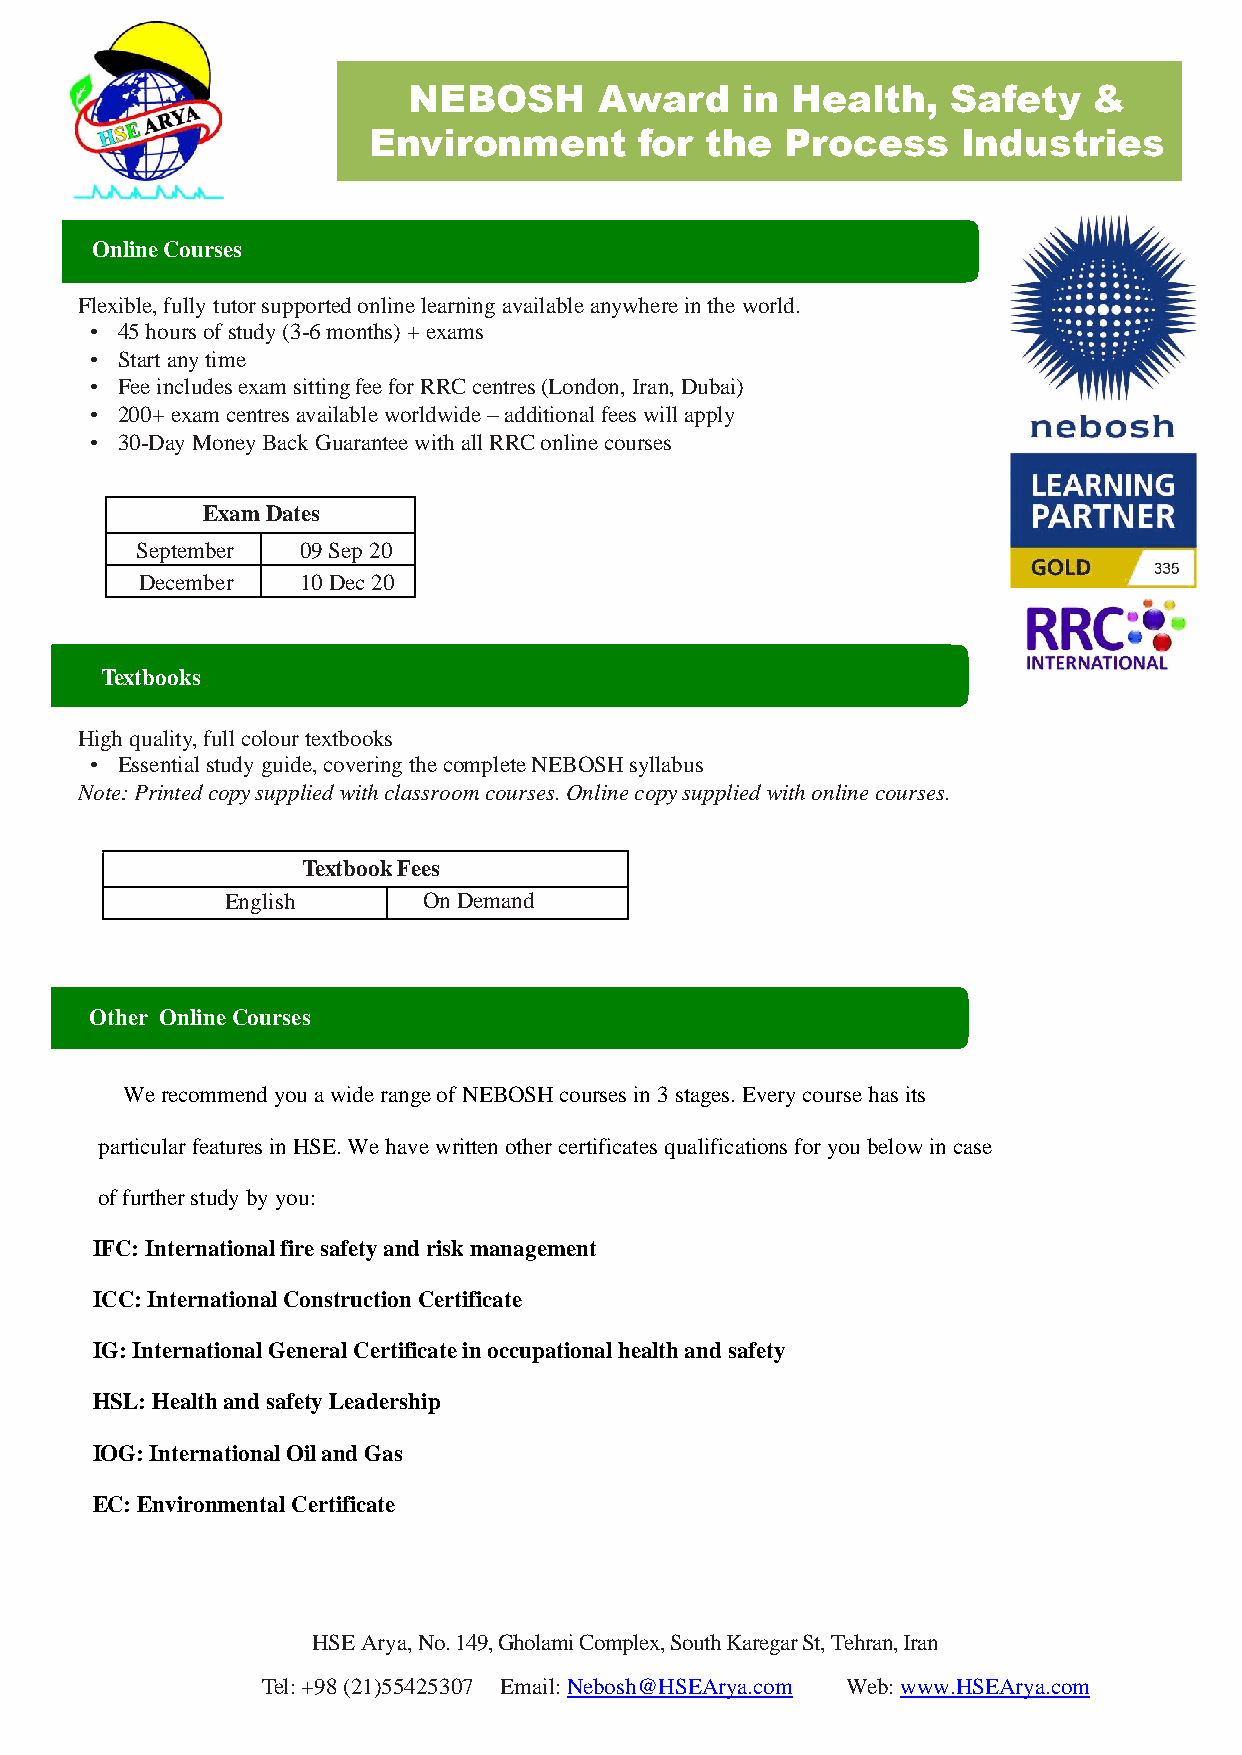
NEBOSH       Award    in Health,    Safety   &
 Environment       for  the  Process     Industries
 Online Courses
 Flexible, fully tutor supported online learning available anywhere in the world.
 • 45 hours of study (3-6 months) + exams
 • Start any time
 • Fee includes exam sitting fee for RRC centres (London, Iran, Dubai)
 • 200+ exam centres available worldwide – additional fees will apply
 • 30-Day Money Back Guarantee with all RRC online courses
 Exam Dates
 September  09 Sep 20
 December   10 Dec 20
 Textbooks
 High quality, full colour textbooks
 • Essential study guide, covering the complete NEBOSH syllabus
 Note: Printed copy supplied with classroom courses. Online copy supplied with online courses.
 Textbook Fees
 English      On Demand
 Other Online Courses
 We recommend you a wide range of NEBOSH courses in 3 stages. Every course has its
 particular features in HSE. We have written other certificates qualifications for you below in case
 of further study by you:
 IFC: International fire safety and risk management
 ICC: International Construction Certificate
 IG: International General Certificate in occupational health and safety
 HSL: Health and safety Leadership
 IOG: International Oil and Gas
 EC: Environmental Certificate
 HSE Arya, No. 149, Gholami Complex, South Karegar St, Tehran, Iran
 Tel: +98 (21)55425307 Email: Nebosh@HSEArya.com Web: www.HSEArya.com
 3100